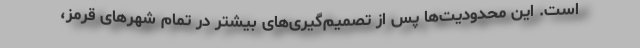
است. این محدودیت‌ها پس از تصمیم‌گیری‌های بیشتر در تمام شهرهای قرمز،